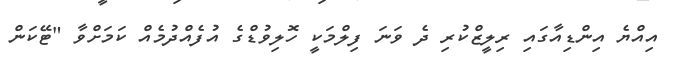
އިއްޔެ އިންޑިއާގައި ރިލީޒްކުރި ދެ ވަނަ ފިލްމަކީ ހޮލިވުޑްގެ އުފެއްދުމެއް ކަމަށްވާ "ޓޭކަން